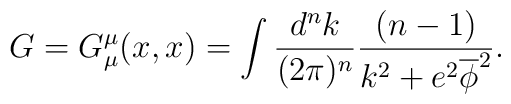
G=G^\mu_\mu(x,x) = \int \frac{d^nk}{(2\pi)^n}\frac{(n-1)}{k^2+e^2\overline\phi^2}.